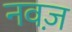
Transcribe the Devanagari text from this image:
नवज़